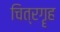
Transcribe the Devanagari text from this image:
चित्रगॄह